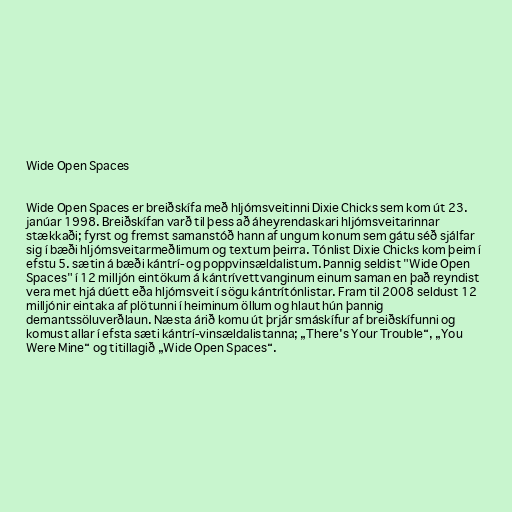
Wide Open Spaces

Wide Open Spaces er breiðskífa með hljómsveitinni Dixie Chicks sem kom út 23.
janúar 1998. Breiðskífan varð til þess að áheyrendaskari hljómsveitarinnar
stækkaði; fyrst og fremst samanstóð hann af ungum konum sem gátu séð sjálfar
sig í bæði hljómsveitarmeðlimum og textum þeirra. Tónlist Dixie Chicks kom þeim í
efstu 5. sætin á bæði kántrí- og poppvinsældalistum. Þannig seldist "Wide Open
Spaces" í 12 milljón eintökum á kántrívettvanginum einum saman en það reyndist
vera met hjá dúett eða hljómsveit í sögu kántrítónlistar. Fram til 2008 seldust 12
milljónir eintaka af plötunni í heiminum öllum og hlaut hún þannig
demantssöluverðlaun. Næsta árið komu út þrjár smáskífur af breiðskífunni og
komust allar í efsta sæti kántrí-vinsældalistanna; „There's Your Trouble“, „You
Were Mine“ og titillagið „Wide Open Spaces“.